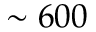
\sim 6 0 0